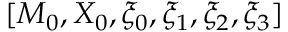
[ M _ { 0 } , X _ { 0 } , \xi _ { 0 } , \xi _ { 1 } , \xi _ { 2 } , \xi _ { 3 } ]